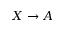
X \to A